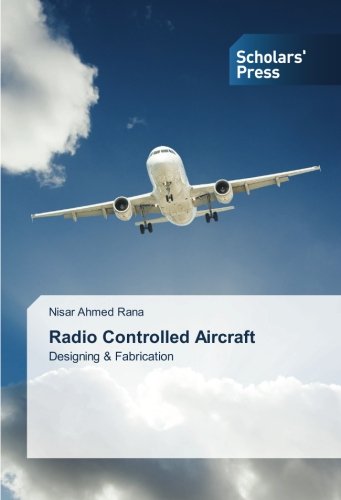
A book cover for Radio Controlled Aircraft: Designing & Fabrication; Nisar Ahmed Rana; Engineering & Transportation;